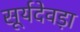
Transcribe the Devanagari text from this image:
सूर्यदेवड़ा